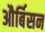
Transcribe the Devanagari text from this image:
और्बिसन